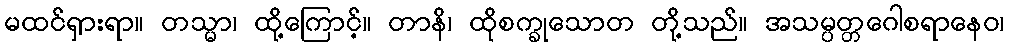
မထင်ရှားရာ။ တသ္မာ၊ ထို့ကြောင့်။ တာနိ၊ ထိုစက္ခုသောတ တို့သည်။ အသမ္ပတ္တဂေါစရာနေဝ၊